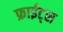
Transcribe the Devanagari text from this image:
फ्राईट्स